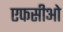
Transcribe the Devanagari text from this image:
एफसीओ